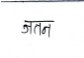
मजकूर: जतन